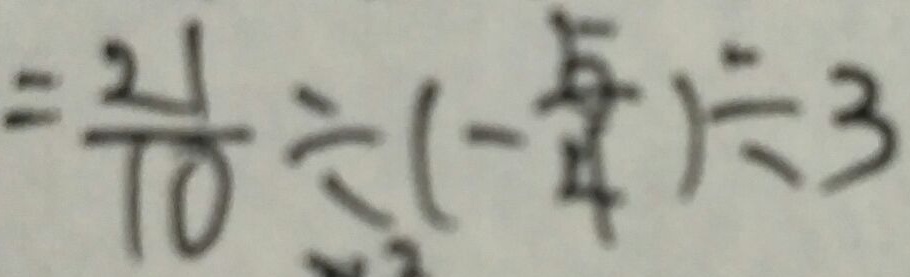
= \frac { 2 1 } { 1 0 } \div ( - \frac { 5 } { 4 } ) \div 3